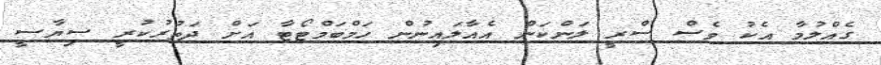
ގެއްލުމާ އެކު ވެސް ސްރީ ލަންކަން އެއާލައިނުން ހަމްބަމްޓޯޓާ އަށް ދަތުރުކުރީ ސިޔާސީ